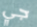
جي